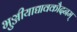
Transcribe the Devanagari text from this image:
भुञ्जीयाद्यावकौदनम्